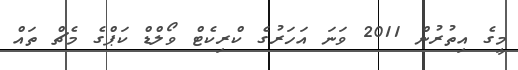
މީގެ އިތުރުން 2011 ވަނަ އަހަރުގެ ކްރިކެޓް ވޯލްޑް ކަޕްގެ މެޗް ތައް